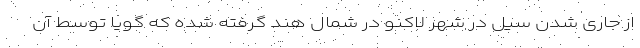
از جاری شدن سیل در شهر لاکنو در شمال هند گرفته شده که گویا توسط آن